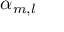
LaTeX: \alpha _ { m , l }